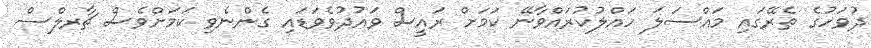
ދުވަހުގެ ތެރޭގައި މައްސަލަ ހައްލުކުރައްވާނޭ ކަމަށް ރައީސް ވައުދުވެވަޑައި ގެންނެވި ކަމަށްވެސް ޗާރލްސް